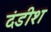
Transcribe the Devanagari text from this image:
दंडीश